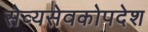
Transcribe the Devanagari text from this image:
सेव्यसेवकोपदेश